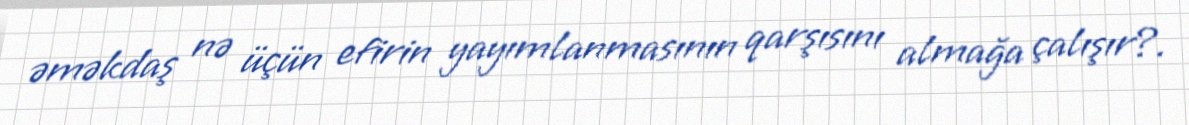
əməkdaş nə üçün efirin yayımlanmasının qarşısını almağa çalışır?.